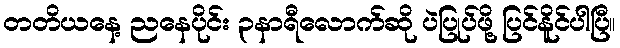
တတိယနေ့ ညနေပိုင်း ၃နာရီလောက်ဆို ပဲပြုပ်ဖို့ ပြင်နိူင်ပါပြီ။